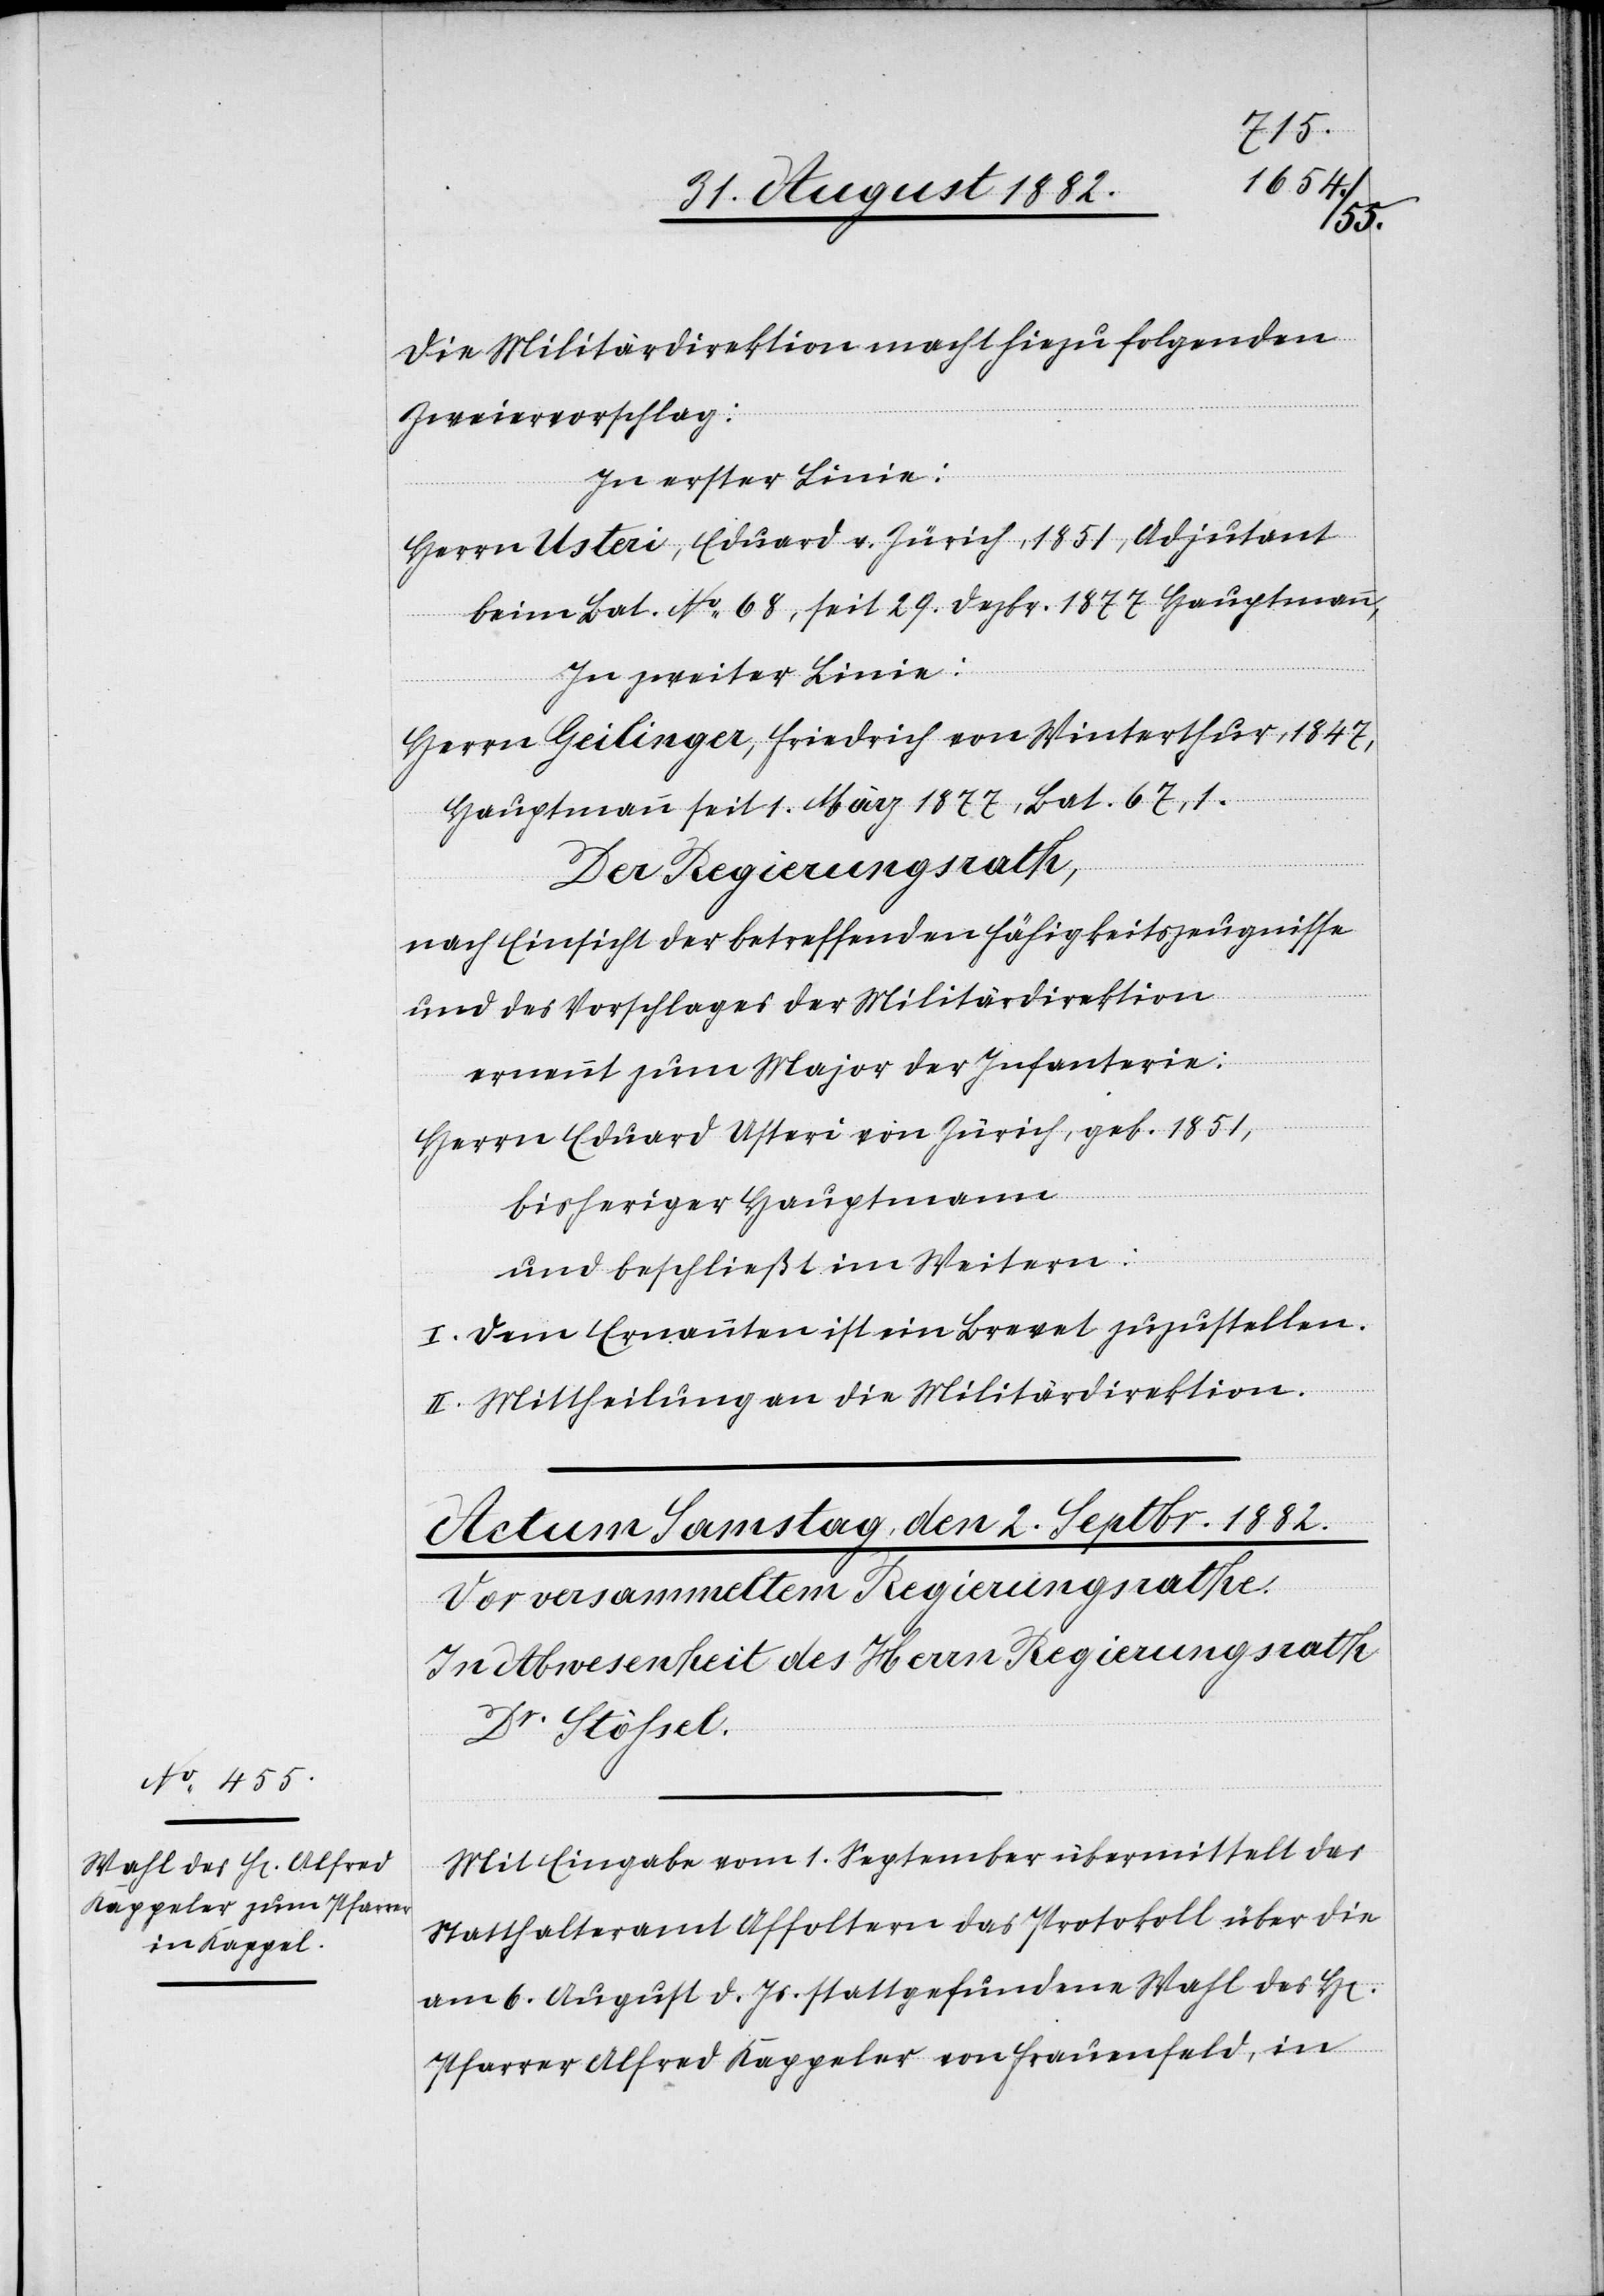
Die Militärdirektion macht hiezu folgenden
Zweiervorschlag:
In erster Linie:
Herrn Usteri, Eduard v. Zürich, 1851, Adjutant
beim Bat. No 68, seit 29. Dezbr. 1877 Hauptmann,
In zweiter Linie:
Herrn Geilinger, Friedrich von Winterthur, 1847,
Hauptmann seit 1. März 1877, Bat. 67, 1.
Der Regierungsrath,
nach Einsicht der betreffenden Fähigkeitszeugnisse
und des Vorschlages der Militärdirektion
ernennt zum Major der Infanterie:
Herrn Eduard Usteri von Zürich, geb. 1851,
bisheriger Hauptmann
und beschließt im Weitern:
I. Dem Ernannten ist ein Brevet zuzustellen.
II. Mittheilung an die Militärdirektion.
n]
Mit Eingabe vom 1. September übermittelt das
Statthalteramt Affoltern das Protokoll über die
am 6. August d. Js. stattgefundene Wahl des H[e¬
Pfarrer Alfred Kappeler von Frauenfeld, in